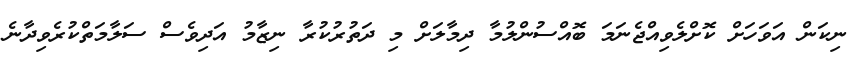
ނިކަން އަވަހަށް ކޮށްލެވިއްޖެނަމަ ބޮއްސުންލުމާ ދިމާލަށް މި ދަތުރުކުރާ ނިޒާމު އަދިވެސް ސަލާމަތްކުރެވިދާނެ